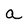
Character: a